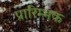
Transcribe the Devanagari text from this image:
प्रारिम्भक